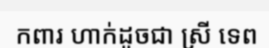
កពារ ហាក់ដូចជា ស្រី ទេព